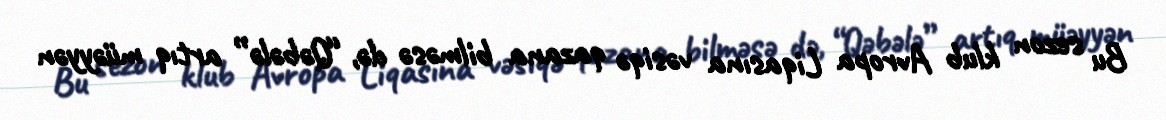
Bu sezon klub Avropa Liqasına vəsiqə qazana bilməsə də, “Qəbələ” artıq müəyyən